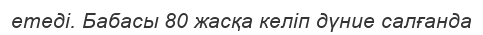
етеді. Бабасы 80 жасқа келіп дүние салғанда